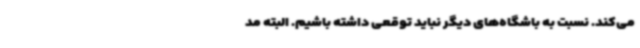
می‌کند. نسبت به باشگاه‌های دیگر نباید توقعی داشته باشیم. البته مد